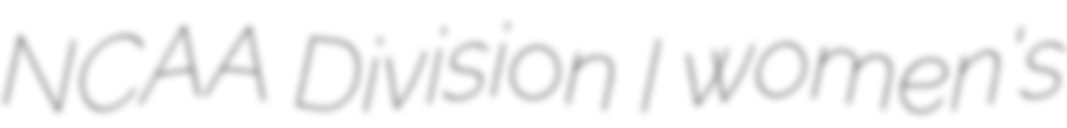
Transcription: NCAA Division I women's